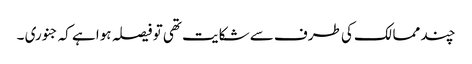
چند ممالک کی طرف سے شکایت تھی تو فیصلہ ہوا ہے کہ جنوری ۔